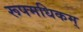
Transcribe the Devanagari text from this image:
रूपमधिकम्